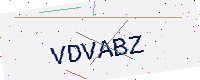
Text: VDVABZ